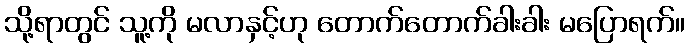
သို့ရာတွင် သူ့ကို မလာနှင့်ဟု တောက်တောက်ခါးခါး မပြောရက်။